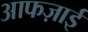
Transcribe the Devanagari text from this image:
आफज़ाई